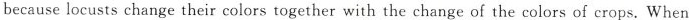
because locusts change their colors together with the change of the colors of crops. When